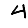
Digit: 4